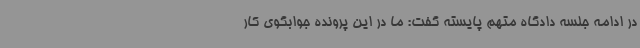
در ادامه جلسه دادگاه متهم پایسته گفت: ما در این پرونده جوابگوی کار